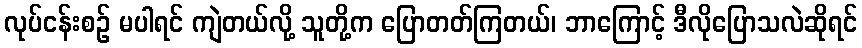
လုပ်ငန်းစဉ် မပါရင် ကျဲတယ်လို့ သူတို့က ပြောတတ်ကြတယ်၊ ဘာကြောင့် ဒီလိုပြောသလဲဆိုရင်